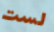
لست